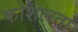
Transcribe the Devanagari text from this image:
कोशलता